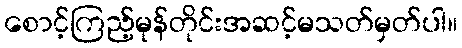
စောင့်ကြည့်မုန်တိုင်းအဆင့်မသတ်မှတ်ပါ။